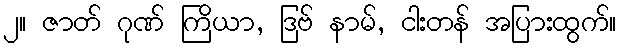
၂။ ဇာတ် ဂုဏ် ကြိယာ, ဒြဗ် နာမ်, ငါးတန် အပြားထွက်။